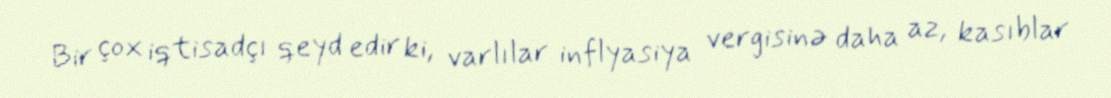
Bir çox iqtisadçı qeyd edir ki, varlılar inflyasiya vergisinə daha az, kasıblar